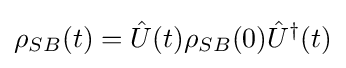
\rho _{SB}(t)={\hat {U}}(t)\rho _{SB}(0){\hat {U}}^{\dagger }(t)